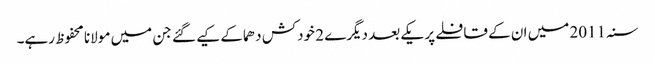
سنہ 2011 میں ان کے قافلے پر یکے بعد دیگرے 2 خودکش دھماکے کیے گئے جن میں مولانا محفوظ رہے۔